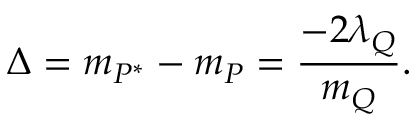
\Delta = m _ { P ^ { * } } - m _ { P } = { \frac { - 2 \lambda _ { Q } } { m _ { Q } } } .